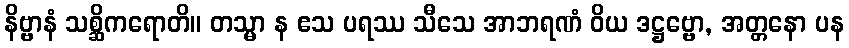
နိဗ္ဗာနံ သစ္ဆိကရောတိ။ တသ္မာ န ဧသ ပရဿ သီသေ အာဘရဏံ ဝိယ ဒဋ္ဌဗ္ဗော, အတ္တနော ပန